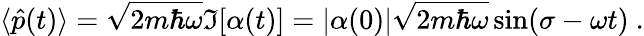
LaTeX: \langle{\hat{p}}(t)\rangle={\sqrt{2m\hbar\omega}}\Im[\alpha(t)]=|\alpha(0)|{\sqrt{2m\hbar\omega}}\sin(\sigma-\omega t)~.